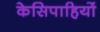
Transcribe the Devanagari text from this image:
केसिपाहियों